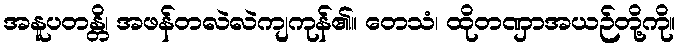
အနူပတန္တိ၊ အဖန်တလဲလဲကျကုန်၏။ တေသံ၊ ထိုတဏှာအယဉ်တို့ကို။